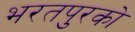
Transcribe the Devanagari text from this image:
भरतपुरको